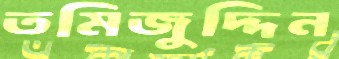
তমিজুদ্দিন